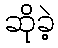
ဆိုခဲ့